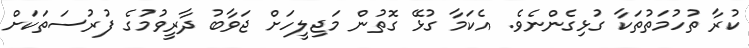
ކުރާ ތުހުމަތުތަކާ ގުޅިގެންނެވެ. އެކަމާ ގުޅޭ ގޮތުން މަޖިލީހަށް ޖަވާބު ދާރީވުމުގެ ފުރުސަތަކަށް